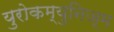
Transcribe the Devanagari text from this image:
युरोकम्युनिज्म